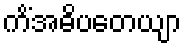
ကိံအဓိပတေယျာ